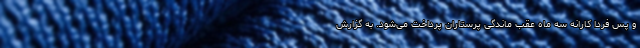
و پس فردا کارانه سه ماه عقب ماندگی پرستاران پرداخت می‌شود. به گزارش